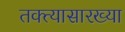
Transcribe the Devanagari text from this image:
तक्त्यासारख्या